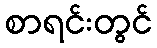
စာရင်းတွင်